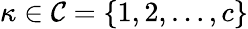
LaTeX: {\kappa\in\mathcal C=\{ 1,2,\dots,{c}\} }